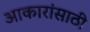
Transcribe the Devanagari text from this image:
आकारांसाठी